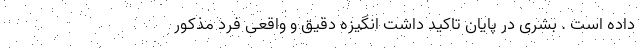
داده است . بشری در پایان تاکید داشت انگیزه دقیق و واقعی فرد مذکور